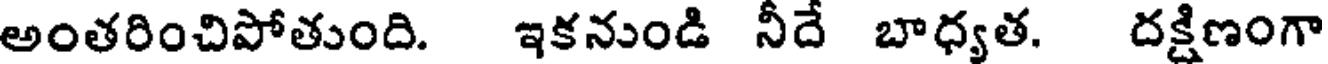
అంతరించిపోతుంది. ఇకనుండి నీదే బాధ్యత. దక్షిణంగా